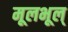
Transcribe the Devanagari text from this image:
मूलभूल्